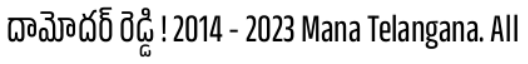
దామోదర్ రెడ్డి ! 2014 - 2023 Mana Telangana. All